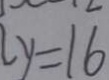
y = 1 6